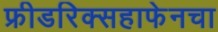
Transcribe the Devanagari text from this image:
फ्रीडरिक्सहाफेनचा